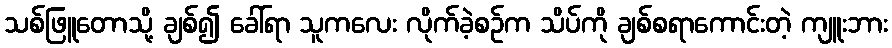
သစ်ဖြူတောသို့ ချစ်၍ ခေါ်ရာ သူကလေး လိုက်ခဲ့စဉ်က သိပ်ကို ချစ်စရာကောင်းတဲ့ ကျူးဘား